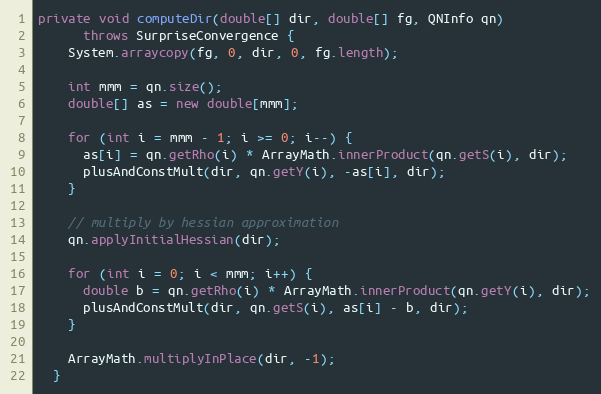
Language: Java
private void computeDir(double[] dir, double[] fg, QNInfo qn)
      throws SurpriseConvergence {
    System.arraycopy(fg, 0, dir, 0, fg.length);

    int mmm = qn.size();
    double[] as = new double[mmm];

    for (int i = mmm - 1; i >= 0; i--) {
      as[i] = qn.getRho(i) * ArrayMath.innerProduct(qn.getS(i), dir);
      plusAndConstMult(dir, qn.getY(i), -as[i], dir);
    }

    // multiply by hessian approximation
    qn.applyInitialHessian(dir);

    for (int i = 0; i < mmm; i++) {
      double b = qn.getRho(i) * ArrayMath.innerProduct(qn.getY(i), dir);
      plusAndConstMult(dir, qn.getS(i), as[i] - b, dir);
    }

    ArrayMath.multiplyInPlace(dir, -1);
  }